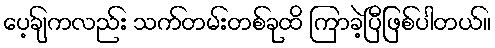
ပေ့ချ်ကလည်း သက်တမ်းတစ်ခုထိ ကြာခဲ့ပြီဖြစ်ပါတယ်။